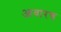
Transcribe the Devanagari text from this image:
आवारच